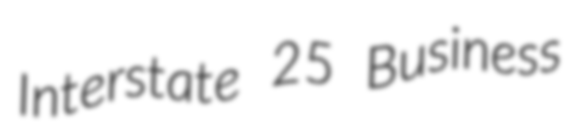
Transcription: Interstate 25 Business